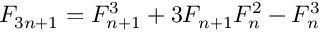
F _ { 3 n + 1 } = F _ { n + 1 } ^ { 3 } + 3 F _ { n + 1 } F _ { n } ^ { 2 } - F _ { n } ^ { 3 }